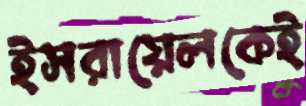
ইসরায়েলকেই